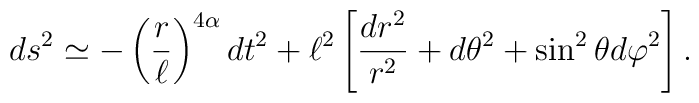
ds^2 \simeq -\left( {r\over \ell}\right)^{4\alpha} dt^2+\ell^2\left[ {dr^2\over r^2} + d\theta^2 + \sin^2\theta d\varphi^2\right].